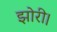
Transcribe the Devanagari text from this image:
झोरी।